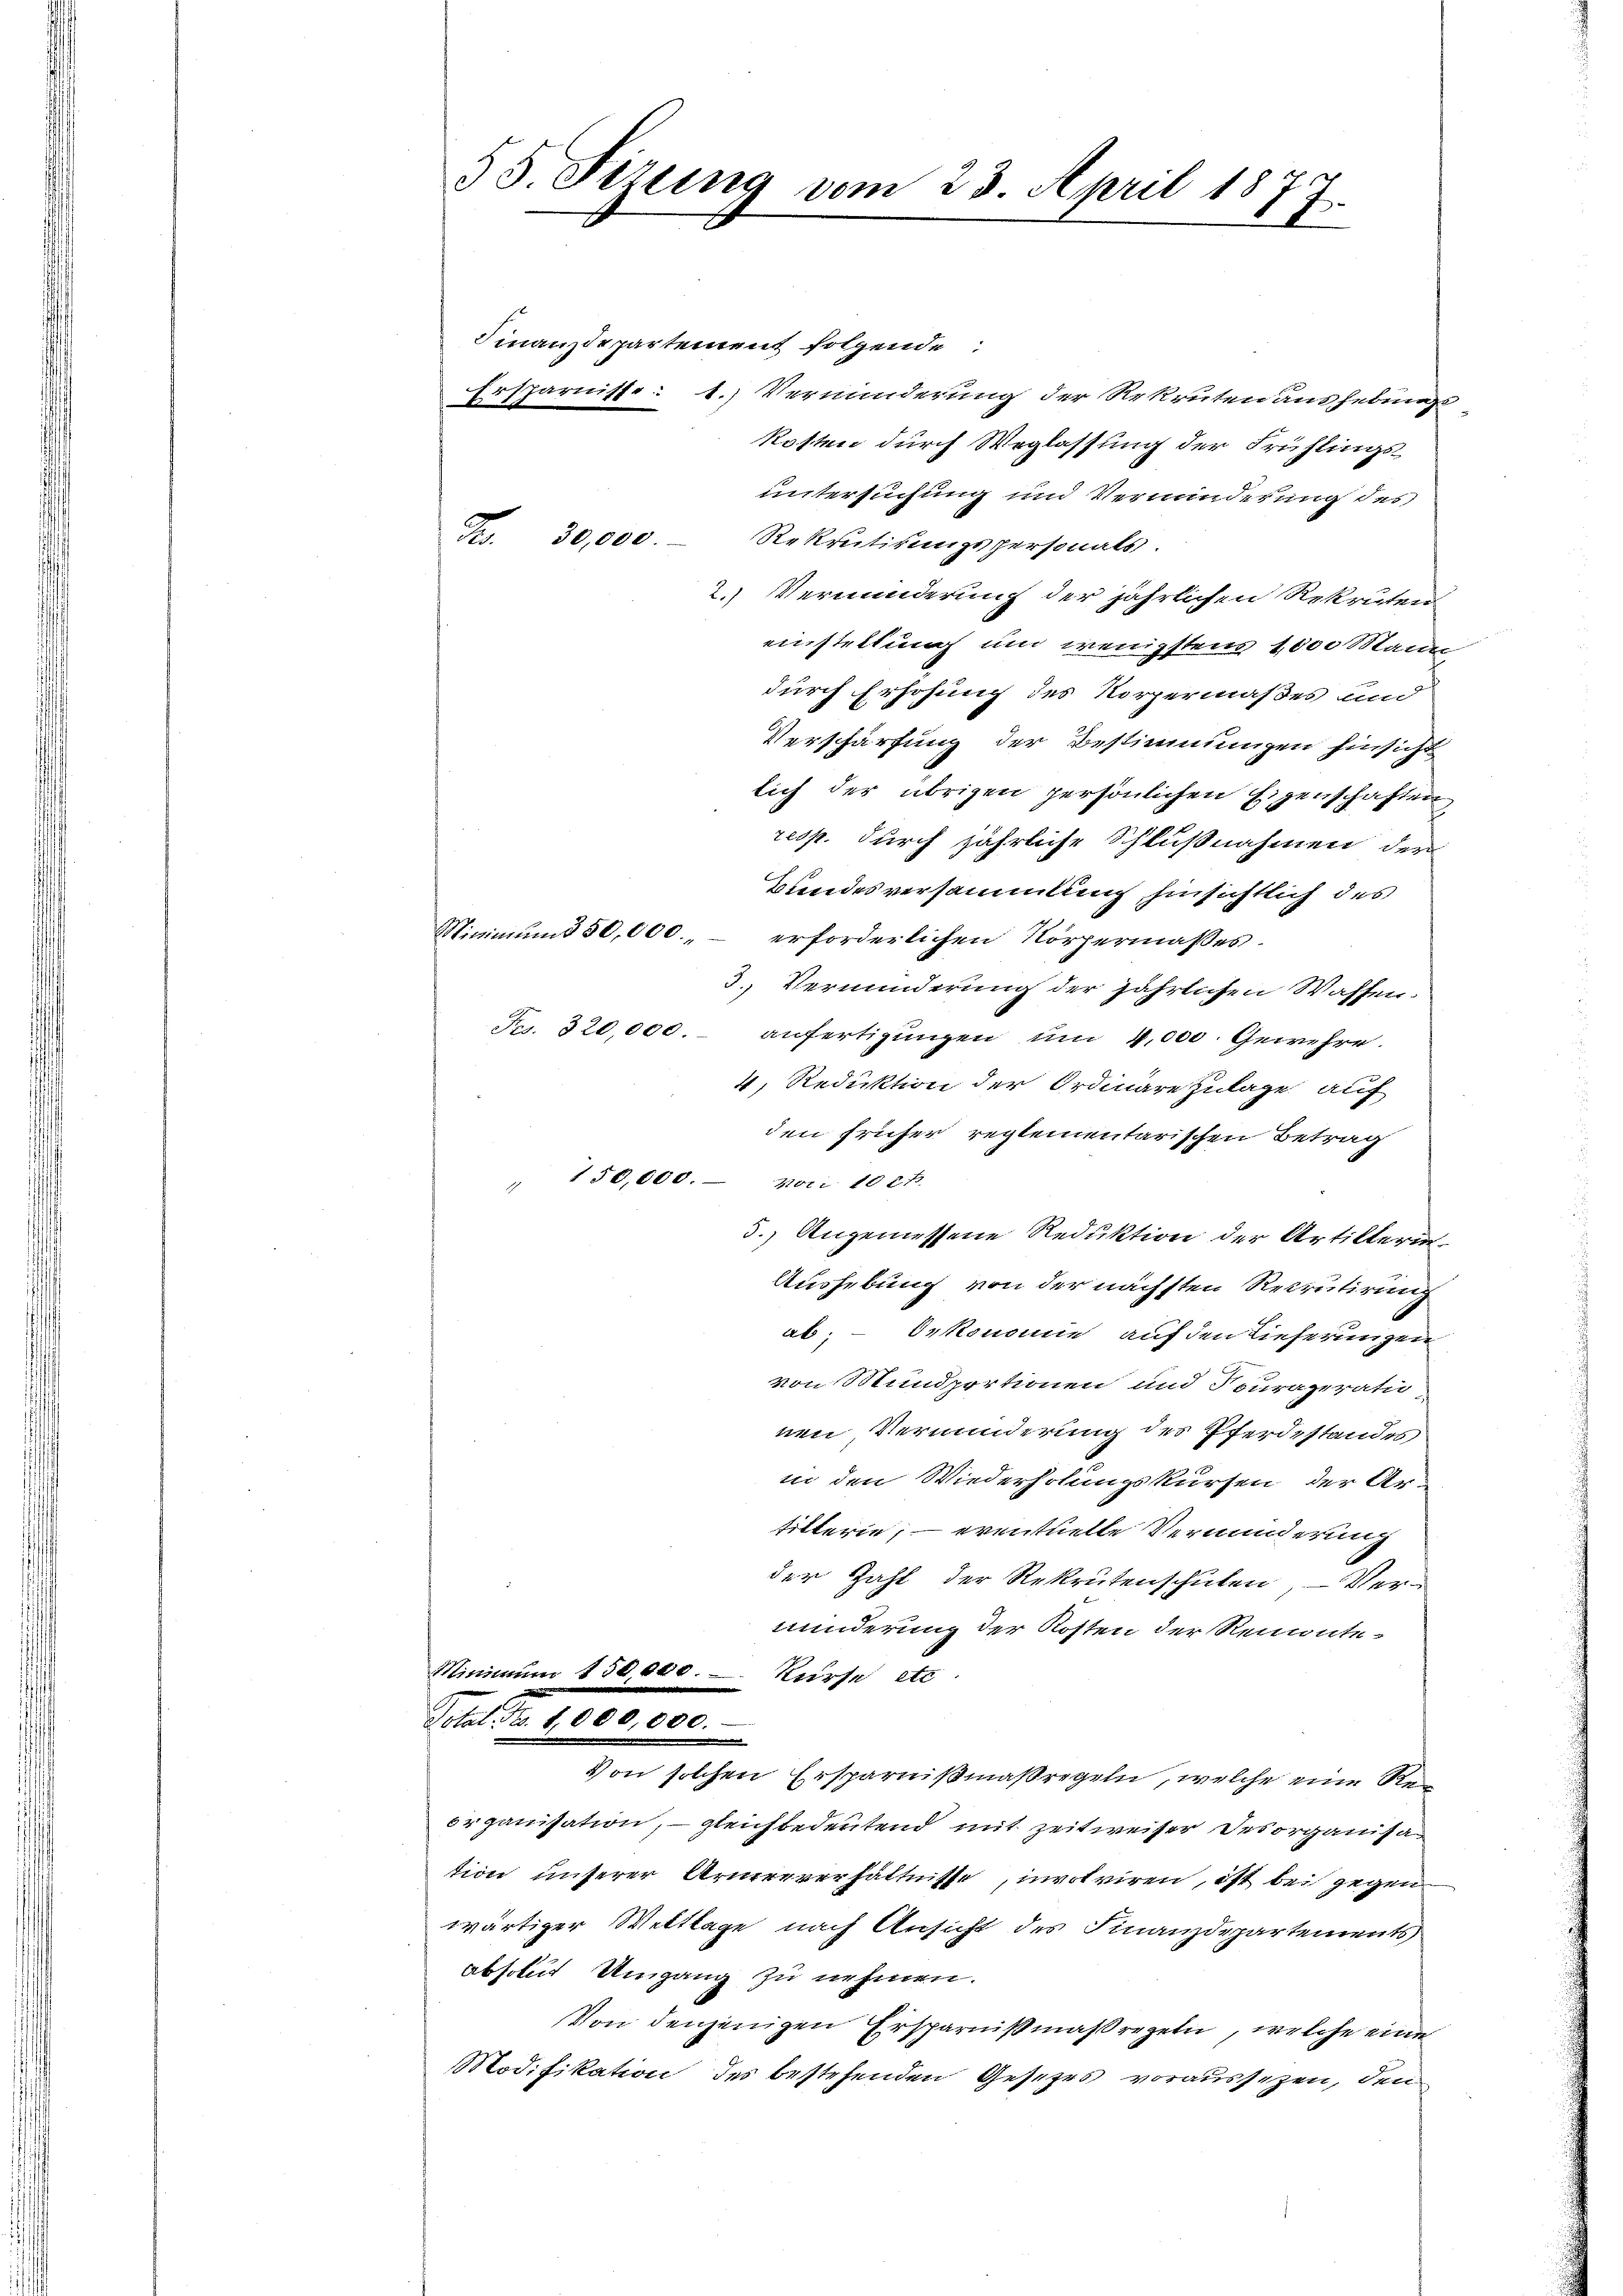
55. Sizung vom 23. April 187
2.

Finanzdepartement folgende:
Ersparnisse: 1.) Verminderung der Rekruten aushebungskosten durch Weglassung der Frühlings-
untersuchung und Verminderung des
Fr. 30,000.
Rekrutirungspersonals.
2.) Verminderung der jährlichen Rekruten
einstellung und wenigstens 1000 Mann
durch Erhöhung des Körpermaßes und
Verschärfung der Bestimmungen hinsicht
lich der übrigen persönlichen Eigenschaften
resp. durch jährliche Schlußnahmen der
Bundesversammlung hinsichtlich des
Minimum § 50,000.
erforderlichen Körpermaßes.
3.) Verminderung der jährlichen Waffen.
Fr. 320,000.- anfertigungen um 4,000. Gewehre.
4, Reduktion der Ordinäre zulage auf
den früher reglementarischen Betrag
" 150,000. vor 10 ct.
3.) Angemessene Reduktion der Artillerin
Aushebung von der nächsten Rekrutirung
ab; – Oekonomie auf den Lieferungen
von Mundportionen und Souraperatio
nen Verminderung des Pferdestandes
in den Wiederholungskursen der Artilterie; — eventuelle Verminderung
der Zahl der Rekrutenschulen, – Verminderung der Kosten der Rennute¬
Minimum 150,000. – Kurse etc.
Sie de dieses
Von solchen Ersparnißmaßregeln, welche eine Reorganisation, – gleichbedeutend mit Zeitweiser des organisa
tion unserer Armenverhältnisse, involviren, ist bei gegen
wärtiger Wettlage nach Ansicht des Finanzdepartements
absolut Umgang zu nehmen.
Von denjenigen Ersparnißmaßregeln, welche eine
odifikation des bestehenden Gesetzes voraussezen, den